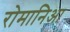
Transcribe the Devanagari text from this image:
रोमानिआ